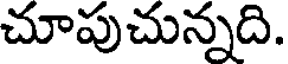
చూపుచున్నది.